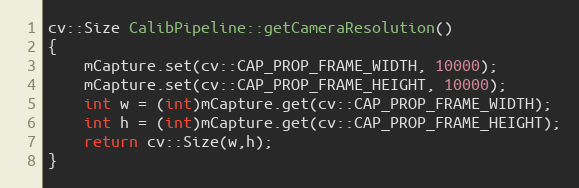
Language: C++
cv::Size CalibPipeline::getCameraResolution()
{
    mCapture.set(cv::CAP_PROP_FRAME_WIDTH, 10000);
    mCapture.set(cv::CAP_PROP_FRAME_HEIGHT, 10000);
    int w = (int)mCapture.get(cv::CAP_PROP_FRAME_WIDTH);
    int h = (int)mCapture.get(cv::CAP_PROP_FRAME_HEIGHT);
    return cv::Size(w,h);
}